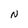
Character: N